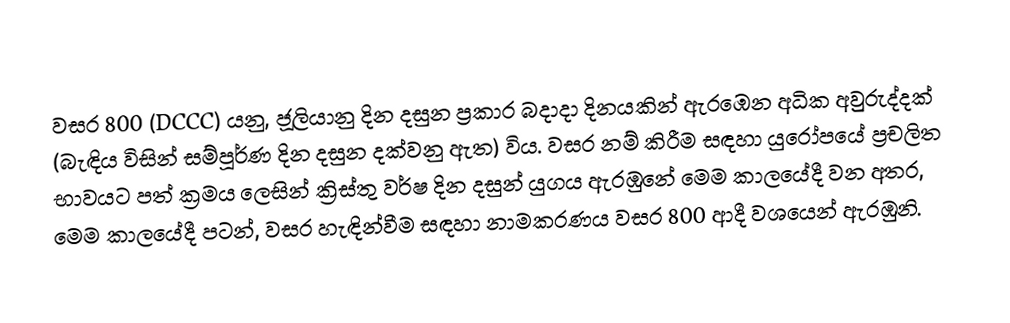

වසර 800 (DCCC) යනු,  ජූලියානු දින දසුන ප්‍රකාර බදාදා දිනයකින් ඇරඹෙන අධික අවුරුද්දක්  (බැඳිය විසින් සම්පූර්ණ දින දසුන දක්වනු ඇත) විය. වසර නම් කිරීම සඳහා යුරෝපයේ ප්‍රචලිත භාවයට පත් ක්‍රමය ලෙසින් ක්‍රිස්තු වර්ෂ දින දසුන් යුගය ඇරඹුනේ මෙම කාලයේදී වන අතර, මෙම කාලයේදී පටන්, වසර හැඳින්වීම සඳහා නාමකරණය වසර 800 ආදී වශයෙන්  ඇරඹුනි.